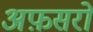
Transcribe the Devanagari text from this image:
अफ़सरो